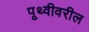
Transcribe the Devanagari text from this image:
पृ्थ्वीवरील